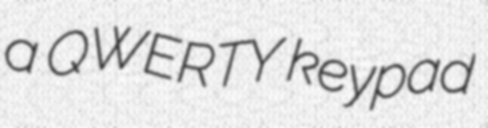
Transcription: a QWERTY keypad